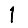
Digit: 1